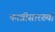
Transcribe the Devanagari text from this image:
कात्रीसारख्या